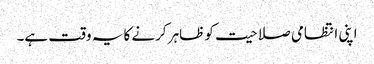
اپنی انتظامی صلاحیت کو ظاہر کرنے کا یہ وقت ہے۔